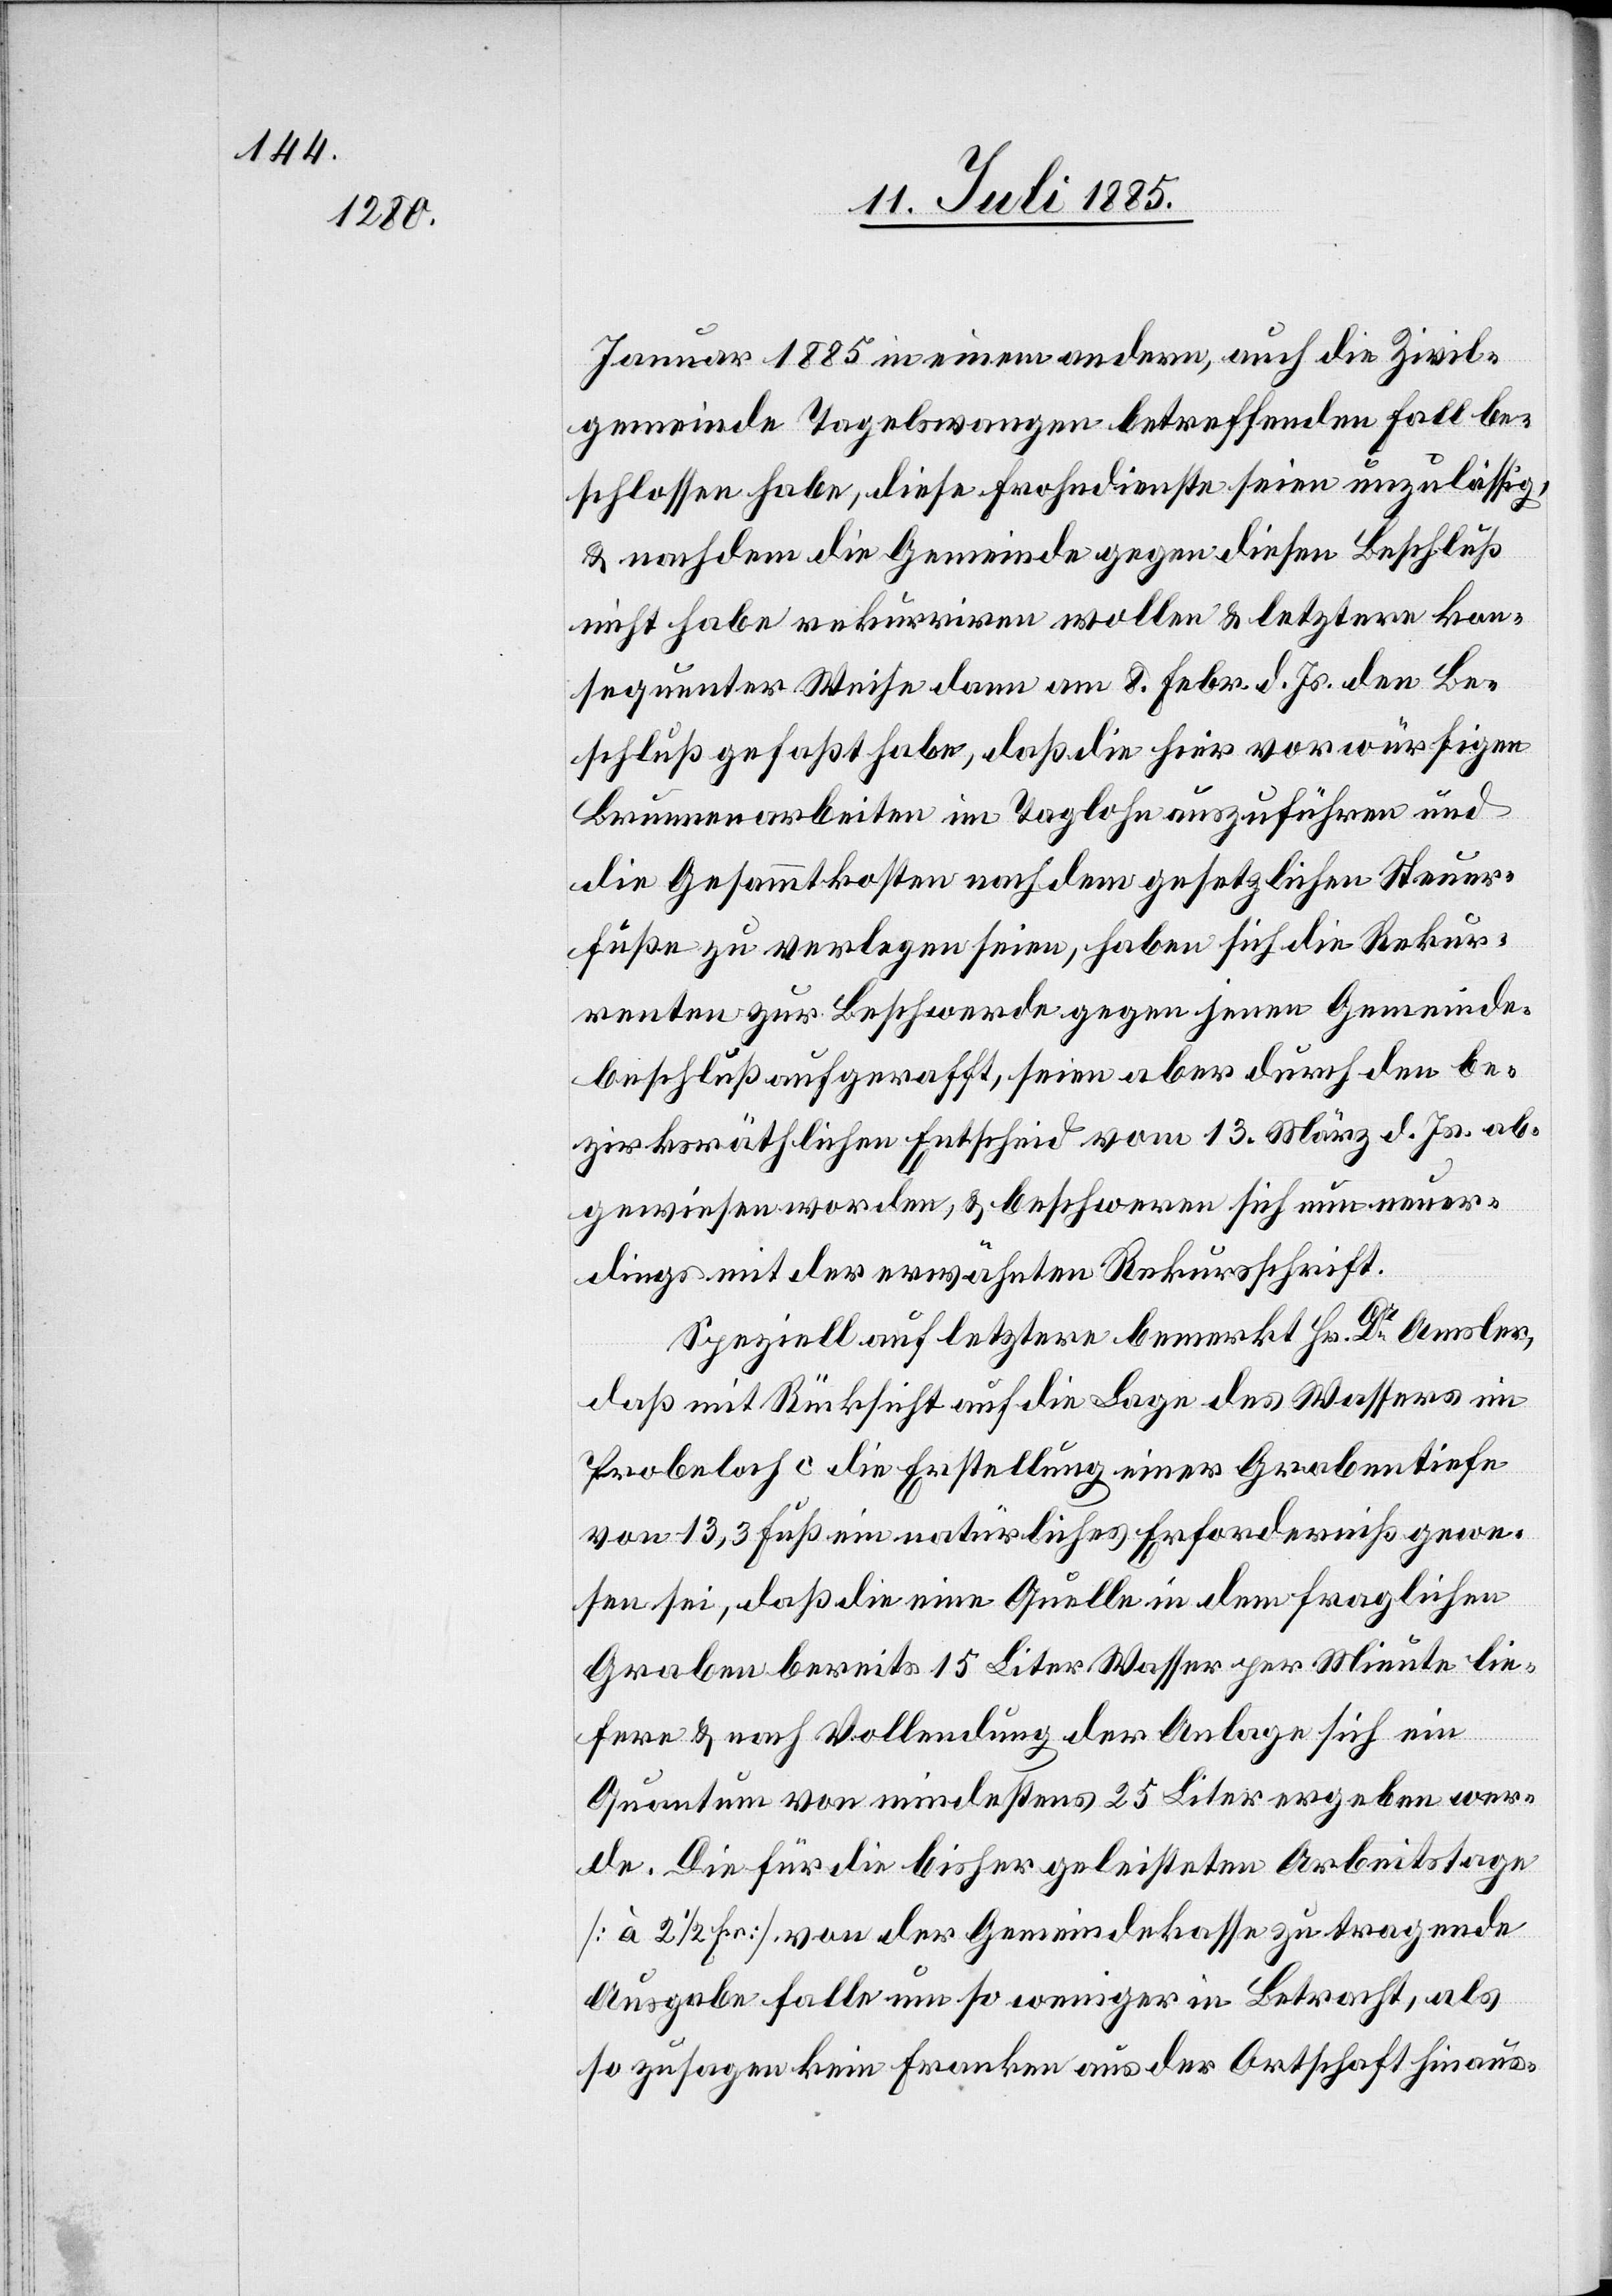
Januar 1885 in einem andern, auch die Zivil¬
gemeinde Tagelswangen betreffenden Fall be¬
schlossen habe, diese Frohndienste seien unzulässig,
& nachdem die Gemeinde gegen diesen Beschluß
nicht habe rekurriren wollen & letztern kon¬
sequenter Weise dann am 8. Febr. d. Js. den Be¬
schluß gefaßt habe, daß die hier vorwürfigen
Brunnenarbeiten im Taglohn auszuführen und
die Gesammtkosten nach dem gesetzlichen Steuer¬
fuße zu verlegen seien, haben sich die Rekur¬
renten zur Beschwerde gegen jenen Gemeinde¬
beschluß aufgerafft, seien aber durch den be¬
zirksräthlichen Entscheid vom 13. März d. Js. ab¬
gewiesen worden, & beschweren sich nun neuer¬
dings mit der erwähnten Rekursschrift.
Speziell auf letztere bemerkt Hs. Dr Amsler,
daß mit Rücksicht auf die Lage des Wassers im
Probeloch c die Erstellung einer Grabentiefe
von 13,3 Fuß ein natürliches Erforderniß gewe¬
sen sei, daß die eine Quelle in dem fraglichen
Graben bereits 15 Liter Wasser per Minute lie¬
fere & nach Vollendung der Anlage sich ein
Quantum von mindestens 25 Liter ergeben wer¬
de. Die für die bisher geleisteten Arbeitstage
[à 2 1/2 Fr.] von der Gemeindekasse zu tragende
Ausgabe falle um so weniger in Betracht, als
so zusagen kein Franken aus der Ortschaft hinaus-